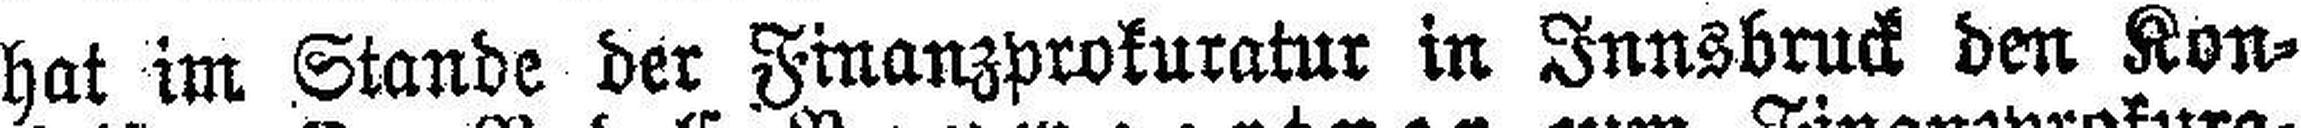
hat im Stande der Finanzprokuratur in Innsbruck den Kon¬